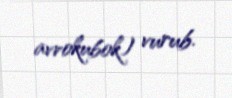
avrokubok) vurub.